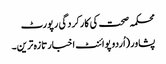
محکمہ صحت کی کارکردگی رپورٹ
پشاور(اُردو پوائنٹ اخبارتازہ ترین۔